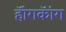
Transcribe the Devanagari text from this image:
हॅांगकॅांग